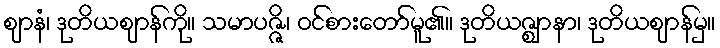
ဈာနံ၊ ဒုတိယဈာန်ကို။ သမာပဇ္ဇိ၊ ဝင်စားတော်မူ၏။ ဒုတိယဇ္ဈာနာ၊ ဒုတိယဈာန်မှ။